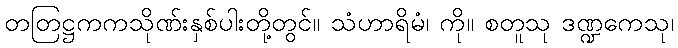
တတြဋ္ဌကကသိုဏ်းနှစ်ပါးတို့တွင်။ သံဟာရိမံ၊ ကို။ စတူသု ဒဏ္ဍကေသု၊